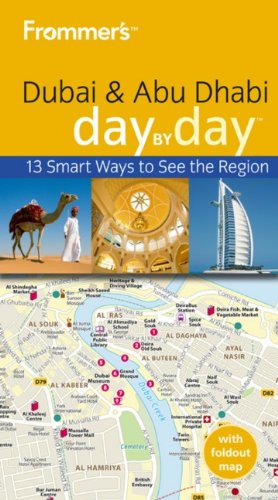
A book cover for Frommer's Dubai and Abu Dhabi Day by Day (Frommer's Day by Day - Pocket); Gavin Thomas; Travel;